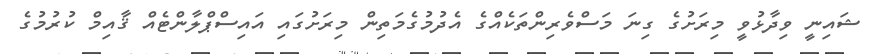
ޝައިނީ ވިދާޅުވީ މިރަށުގެ ގިނަ މަސްވެރިންތަކެއްގެ އެދުމުގެމަތިން މިރަށުގައި އައިސްޕްލާންޓެއް ޤާއިމް ކުރުމުގެ